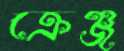
ক্রেঞ্জ